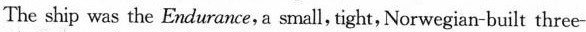
The ship was the Endurance, a small, tight,Norwegian-built three